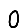
Digit: 0